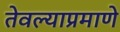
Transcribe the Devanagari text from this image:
तेवल्याप्रमाणे